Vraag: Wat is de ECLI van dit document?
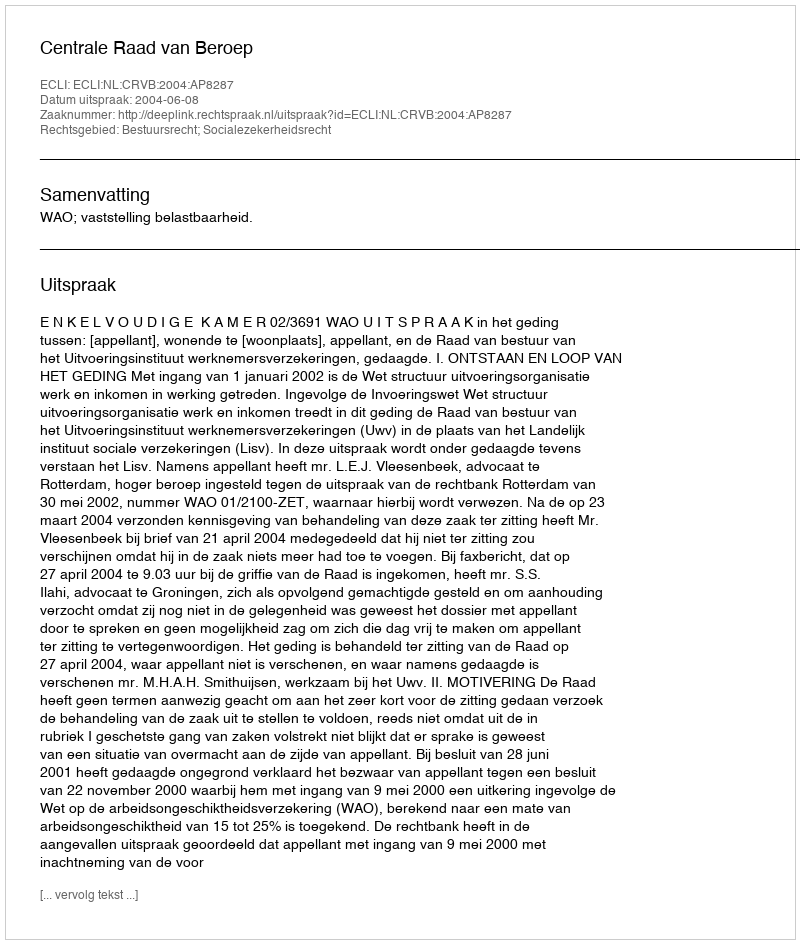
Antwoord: ECLI:NL:CRVB:2004:AP8287